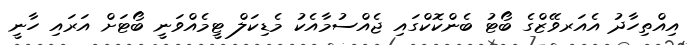
އިއްތިހާދު އެއަރވޭޒްގެ ބޯޓު ބެންކޮކްގައި ޖެއްސުމާއެކު މެޑިކަލް ޓީމެއްވަނީ ބޯޓަށް އަރައި ހާނީ